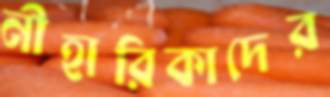
নীহারিকাদের